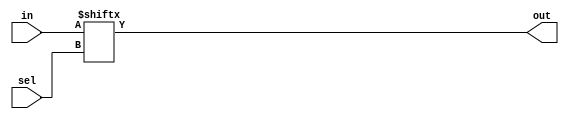
// 4 : 1 MUX  - Behavioural Model
//----------------------------------
// Type : module
// Contact : mathewtg.mec@gmail.com
//------------------
//------------------
// Notes :-
//

module mux4to1_beh (in,sel,out);
 input [3:0]in;
 input [1:0]sel;
 output out;

 assign out = in[sel];

endmodule